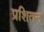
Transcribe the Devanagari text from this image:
प्रशितन